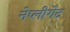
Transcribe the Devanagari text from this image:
नेप्लीगेट